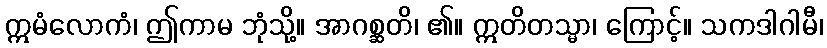
ဣမံလောကံ၊ ဤကာမ ဘုံသို့။ အာဂစ္ဆတိ၊ ၏။ ဣတိတသ္မာ၊ ကြောင့်။ သကဒါဂါမီ၊